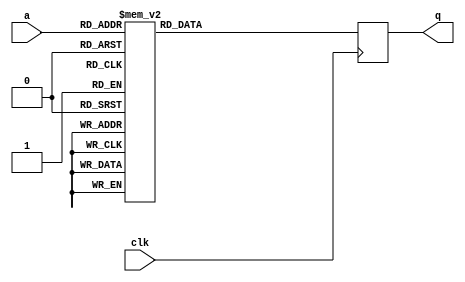
module tboxd2(input wire clk,
              input wire [7:0] a,
              output reg [31:0] q);

   always @(posedge clk)
     case (a)
	8'd0: q = 32'ha75051f4;
	8'd1: q = 32'h65537e41;
	8'd2: q = 32'ha4c31a17;
	8'd3: q = 32'h5e963a27;
	8'd4: q = 32'h6bcb3bab;
	8'd5: q = 32'h45f11f9d;
	8'd6: q = 32'h58abacfa;
	8'd7: q = 32'h3934be3;
	8'd8: q = 32'hfa552030;
	8'd9: q = 32'h6df6ad76;
	8'd10: q = 32'h769188cc;
	8'd11: q = 32'h4c25f502;
	8'd12: q = 32'hd7fc4fe5;
	8'd13: q = 32'hcbd7c52a;
	8'd14: q = 32'h44802635;
	8'd15: q = 32'ha38fb562;
	8'd16: q = 32'h5a49deb1;
	8'd17: q = 32'h1b6725ba;
	8'd18: q = 32'he9845ea;
	8'd19: q = 32'hc0e15dfe;
	8'd20: q = 32'h7502c32f;
	8'd21: q = 32'hf012814c;
	8'd22: q = 32'h97a38d46;
	8'd23: q = 32'hf9c66bd3;
	8'd24: q = 32'h5fe7038f;
	8'd25: q = 32'h9c951592;
	8'd26: q = 32'h7aebbf6d;
	8'd27: q = 32'h59da9552;
	8'd28: q = 32'h832dd4be;
	8'd29: q = 32'h21d35874;
	8'd30: q = 32'h692949e0;
	8'd31: q = 32'hc8448ec9;
	8'd32: q = 32'h896a75c2;
	8'd33: q = 32'h7978f48e;
	8'd34: q = 32'h3e6b9958;
	8'd35: q = 32'h71dd27b9;
	8'd36: q = 32'h4fb6bee1;
	8'd37: q = 32'had17f088;
	8'd38: q = 32'hac66c920;
	8'd39: q = 32'h3ab47dce;
	8'd40: q = 32'h4a1863df;
	8'd41: q = 32'h3182e51a;
	8'd42: q = 32'h33609751;
	8'd43: q = 32'h7f456253;
	8'd44: q = 32'h77e0b164;
	8'd45: q = 32'hae84bb6b;
	8'd46: q = 32'ha01cfe81;
	8'd47: q = 32'h2b94f908;
	8'd48: q = 32'h68587048;
	8'd49: q = 32'hfd198f45;
	8'd50: q = 32'h6c8794de;
	8'd51: q = 32'hf8b7527b;
	8'd52: q = 32'hd323ab73;
	8'd53: q = 32'h2e2724b;
	8'd54: q = 32'h8f57e31f;
	8'd55: q = 32'hab2a6655;
	8'd56: q = 32'h2807b2eb;
	8'd57: q = 32'hc2032fb5;
	8'd58: q = 32'h7b9a86c5;
	8'd59: q = 32'h8a5d337;
	8'd60: q = 32'h87f23028;
	8'd61: q = 32'ha5b223bf;
	8'd62: q = 32'h6aba0203;
	8'd63: q = 32'h825ced16;
	8'd64: q = 32'h1c2b8acf;
	8'd65: q = 32'hb492a779;
	8'd66: q = 32'hf2f0f307;
	8'd67: q = 32'he2a14e69;
	8'd68: q = 32'hf4cd65da;
	8'd69: q = 32'hbed50605;
	8'd70: q = 32'h621fd134;
	8'd71: q = 32'hfe8ac4a6;
	8'd72: q = 32'h539d342e;
	8'd73: q = 32'h55a0a2f3;
	8'd74: q = 32'he132058a;
	8'd75: q = 32'heb75a4f6;
	8'd76: q = 32'hec390b83;
	8'd77: q = 32'hefaa4060;
	8'd78: q = 32'h9f065e71;
	8'd79: q = 32'h1051bd6e;
	8'd80: q = 32'h8af93e21;
	8'd81: q = 32'h63d96dd;
	8'd82: q = 32'h5aedd3e;
	8'd83: q = 32'hbd464de6;
	8'd84: q = 32'h8db59154;
	8'd85: q = 32'h5d0571c4;
	8'd86: q = 32'hd46f0406;
	8'd87: q = 32'h15ff6050;
	8'd88: q = 32'hfb241998;
	8'd89: q = 32'he997d6bd;
	8'd90: q = 32'h43cc8940;
	8'd91: q = 32'h9e7767d9;
	8'd92: q = 32'h42bdb0e8;
	8'd93: q = 32'h8b880789;
	8'd94: q = 32'h5b38e719;
	8'd95: q = 32'heedb79c8;
	8'd96: q = 32'ha47a17c;
	8'd97: q = 32'hfe97c42;
	8'd98: q = 32'h1ec9f884;
	8'd99: q = 32'h0;
	8'd100: q = 32'h86830980;
	8'd101: q = 32'hed48322b;
	8'd102: q = 32'h70ac1e11;
	8'd103: q = 32'h724e6c5a;
	8'd104: q = 32'hfffbfd0e;
	8'd105: q = 32'h38560f85;
	8'd106: q = 32'hd51e3dae;
	8'd107: q = 32'h3927362d;
	8'd108: q = 32'hd9640a0f;
	8'd109: q = 32'ha621685c;
	8'd110: q = 32'h54d19b5b;
	8'd111: q = 32'h2e3a2436;
	8'd112: q = 32'h67b10c0a;
	8'd113: q = 32'he70f9357;
	8'd114: q = 32'h96d2b4ee;
	8'd115: q = 32'h919e1b9b;
	8'd116: q = 32'hc54f80c0;
	8'd117: q = 32'h20a261dc;
	8'd118: q = 32'h4b695a77;
	8'd119: q = 32'h1a161c12;
	8'd120: q = 32'hba0ae293;
	8'd121: q = 32'h2ae5c0a0;
	8'd122: q = 32'he0433c22;
	8'd123: q = 32'h171d121b;
	8'd124: q = 32'hd0b0e09;
	8'd125: q = 32'hc7adf28b;
	8'd126: q = 32'ha8b92db6;
	8'd127: q = 32'ha9c8141e;
	8'd128: q = 32'h198557f1;
	8'd129: q = 32'h74caf75;
	8'd130: q = 32'hddbbee99;
	8'd131: q = 32'h60fda37f;
	8'd132: q = 32'h269ff701;
	8'd133: q = 32'hf5bc5c72;
	8'd134: q = 32'h3bc54466;
	8'd135: q = 32'h7e345bfb;
	8'd136: q = 32'h29768b43;
	8'd137: q = 32'hc6dccb23;
	8'd138: q = 32'hfc68b6ed;
	8'd139: q = 32'hf163b8e4;
	8'd140: q = 32'hdccad731;
	8'd141: q = 32'h85104263;
	8'd142: q = 32'h22401397;
	8'd143: q = 32'h112084c6;
	8'd144: q = 32'h247d854a;
	8'd145: q = 32'h3df8d2bb;
	8'd146: q = 32'h3211aef9;
	8'd147: q = 32'ha16dc729;
	8'd148: q = 32'h2f4b1d9e;
	8'd149: q = 32'h30f3dcb2;
	8'd150: q = 32'h52ec0d86;
	8'd151: q = 32'he3d077c1;
	8'd152: q = 32'h166c2bb3;
	8'd153: q = 32'hb999a970;
	8'd154: q = 32'h48fa1194;
	8'd155: q = 32'h642247e9;
	8'd156: q = 32'h8cc4a8fc;
	8'd157: q = 32'h3f1aa0f0;
	8'd158: q = 32'h2cd8567d;
	8'd159: q = 32'h90ef2233;
	8'd160: q = 32'h4ec78749;
	8'd161: q = 32'hd1c1d938;
	8'd162: q = 32'ha2fe8cca;
	8'd163: q = 32'hb3698d4;
	8'd164: q = 32'h81cfa6f5;
	8'd165: q = 32'hde28a57a;
	8'd166: q = 32'h8e26dab7;
	8'd167: q = 32'hbfa43fad;
	8'd168: q = 32'h9de42c3a;
	8'd169: q = 32'h920d5078;
	8'd170: q = 32'hcc9b6a5f;
	8'd171: q = 32'h4662547e;
	8'd172: q = 32'h13c2f68d;
	8'd173: q = 32'hb8e890d8;
	8'd174: q = 32'hf75e2e39;
	8'd175: q = 32'haff582c3;
	8'd176: q = 32'h80be9f5d;
	8'd177: q = 32'h937c69d0;
	8'd178: q = 32'h2da96fd5;
	8'd179: q = 32'h12b3cf25;
	8'd180: q = 32'h993bc8ac;
	8'd181: q = 32'h7da71018;
	8'd182: q = 32'h636ee89c;
	8'd183: q = 32'hbb7bdb3b;
	8'd184: q = 32'h7809cd26;
	8'd185: q = 32'h18f46e59;
	8'd186: q = 32'hb701ec9a;
	8'd187: q = 32'h9aa8834f;
	8'd188: q = 32'h6e65e695;
	8'd189: q = 32'he67eaaff;
	8'd190: q = 32'hcf0821bc;
	8'd191: q = 32'he8e6ef15;
	8'd192: q = 32'h9bd9bae7;
	8'd193: q = 32'h36ce4a6f;
	8'd194: q = 32'h9d4ea9f;
	8'd195: q = 32'h7cd629b0;
	8'd196: q = 32'hb2af31a4;
	8'd197: q = 32'h23312a3f;
	8'd198: q = 32'h9430c6a5;
	8'd199: q = 32'h66c035a2;
	8'd200: q = 32'hbc37744e;
	8'd201: q = 32'hcaa6fc82;
	8'd202: q = 32'hd0b0e090;
	8'd203: q = 32'hd81533a7;
	8'd204: q = 32'h984af104;
	8'd205: q = 32'hdaf741ec;
	8'd206: q = 32'h500e7fcd;
	8'd207: q = 32'hf62f1791;
	8'd208: q = 32'hd68d764d;
	8'd209: q = 32'hb04d43ef;
	8'd210: q = 32'h4d54ccaa;
	8'd211: q = 32'h4dfe496;
	8'd212: q = 32'hb5e39ed1;
	8'd213: q = 32'h881b4c6a;
	8'd214: q = 32'h1fb8c12c;
	8'd215: q = 32'h517f4665;
	8'd216: q = 32'hea049d5e;
	8'd217: q = 32'h355d018c;
	8'd218: q = 32'h7473fa87;
	8'd219: q = 32'h412efb0b;
	8'd220: q = 32'h1d5ab367;
	8'd221: q = 32'hd25292db;
	8'd222: q = 32'h5633e910;
	8'd223: q = 32'h47136dd6;
	8'd224: q = 32'h618c9ad7;
	8'd225: q = 32'hc7a37a1;
	8'd226: q = 32'h148e59f8;
	8'd227: q = 32'h3c89eb13;
	8'd228: q = 32'h27eecea9;
	8'd229: q = 32'hc935b761;
	8'd230: q = 32'he5ede11c;
	8'd231: q = 32'hb13c7a47;
	8'd232: q = 32'hdf599cd2;
	8'd233: q = 32'h733f55f2;
	8'd234: q = 32'hce791814;
	8'd235: q = 32'h37bf73c7;
	8'd236: q = 32'hcdea53f7;
	8'd237: q = 32'haa5b5ffd;
	8'd238: q = 32'h6f14df3d;
	8'd239: q = 32'hdb867844;
	8'd240: q = 32'hf381caaf;
	8'd241: q = 32'hc43eb968;
	8'd242: q = 32'h342c3824;
	8'd243: q = 32'h405fc2a3;
	8'd244: q = 32'hc372161d;
	8'd245: q = 32'h250cbce2;
	8'd246: q = 32'h498b283c;
	8'd247: q = 32'h9541ff0d;
	8'd248: q = 32'h17139a8;
	8'd249: q = 32'hb3de080c;
	8'd250: q = 32'he49cd8b4;
	8'd251: q = 32'hc1906456;
	8'd252: q = 32'h84617bcb;
	8'd253: q = 32'hb670d532;
	8'd254: q = 32'h5c74486c;
	8'd255: q = 32'h5742d0b8;

     endcase // case (a)
endmodule